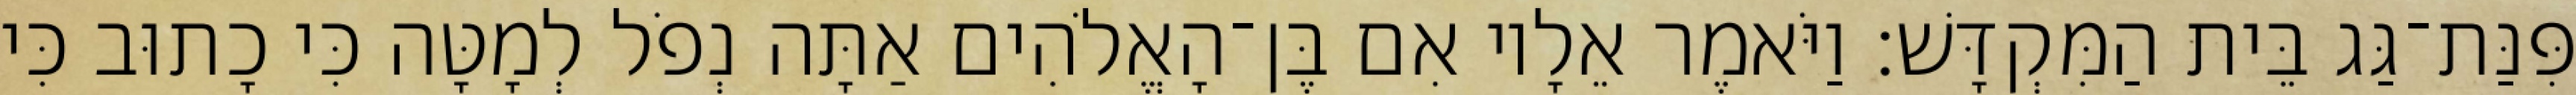
פִּנַּת־גַּג בֵּית הַמִּקְדָּשׁ׃ וַיֹּאמֶר אֵלָיו אִם בֶּן־הָאֱלֹהִים אַתָּה נְפֹל לְמָטָּה כִּי כָתוּב כִּי